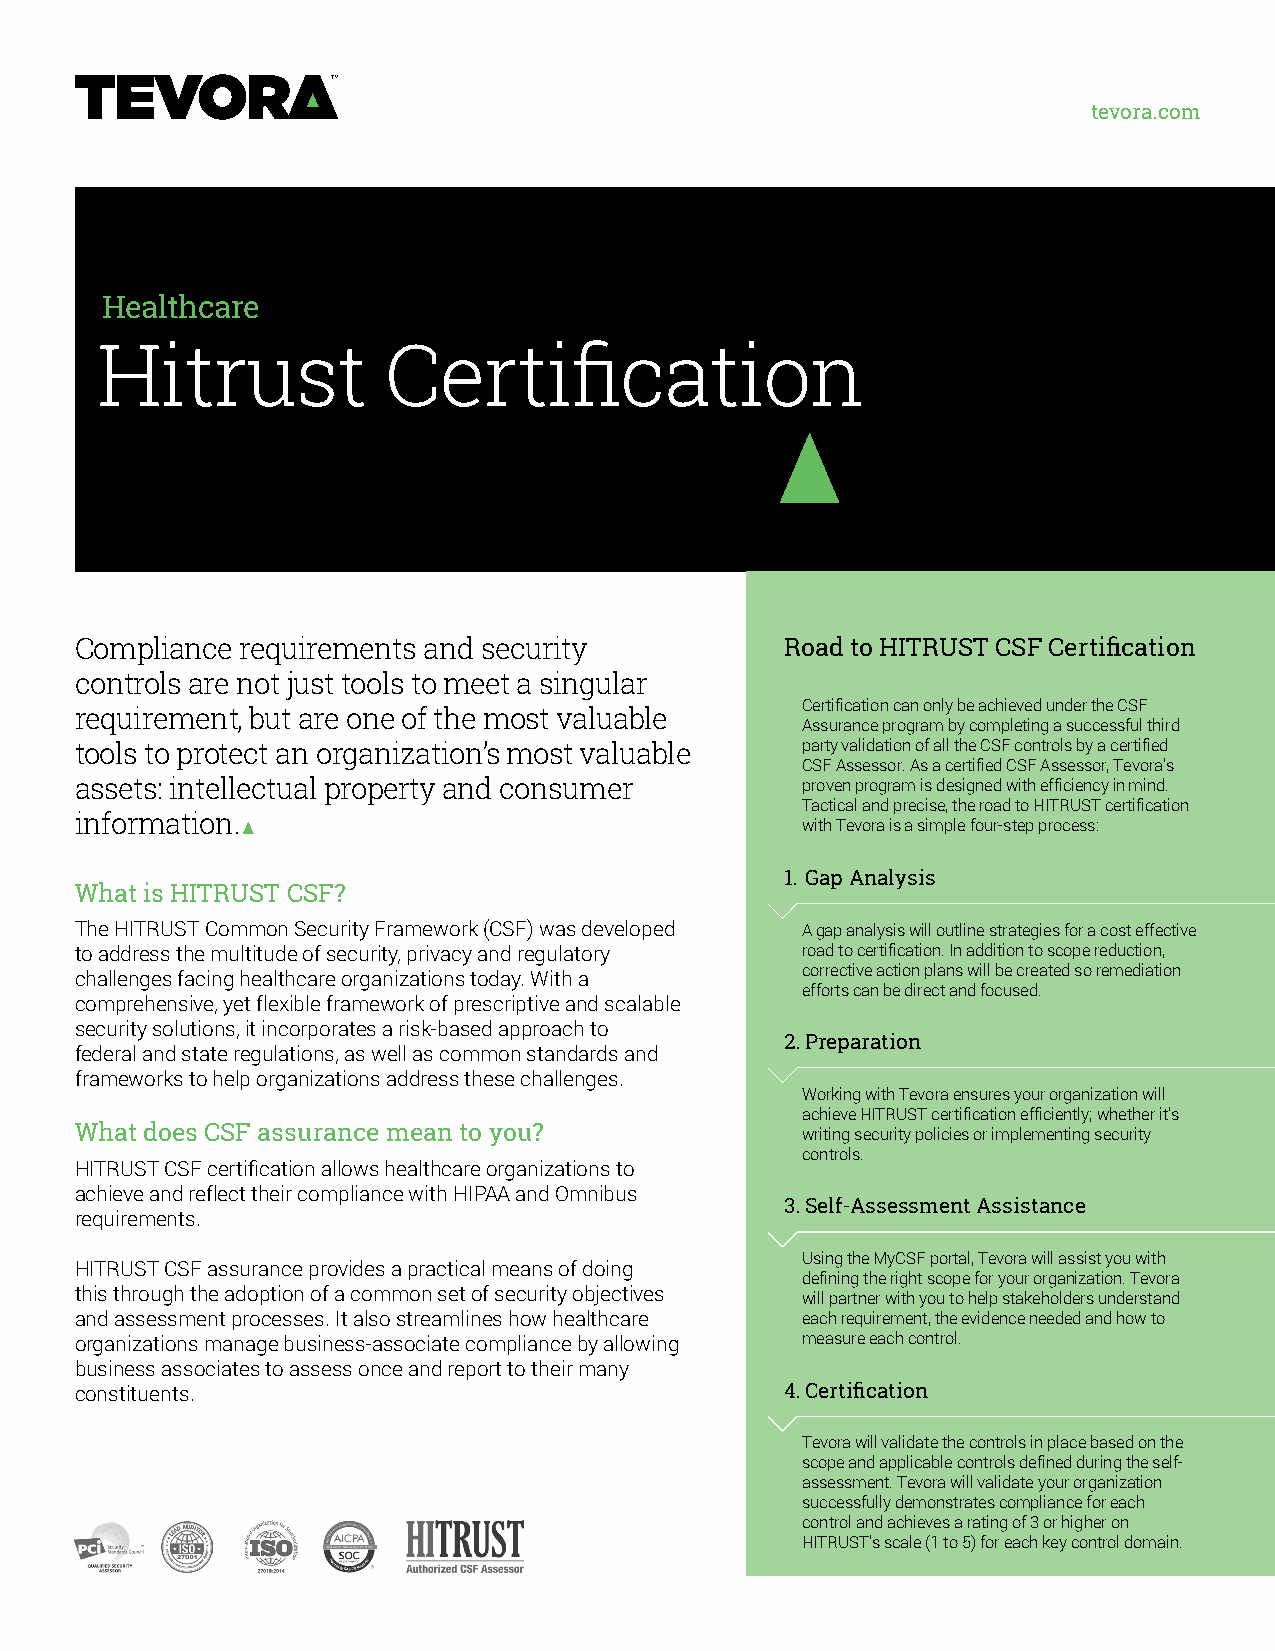
tevora.com
 Healthcare
 Hitrust            Certification
 Compliance requirements and security           Road to HITRUST CSF Certification
 controls are not just tools to meet a singular
 Certification can only be achieved under the CSF
 requirement, but are one of the most valuable
 Assurance program by completing a successful third
 tools to protect an organization’s most valuable party validation of all the CSF controls by a certified
 CSF Assessor. As a certified CSF Assessor, Tevora’s
 assets: intellectual property and consumer      proven program is designed with efficiency in mind.
 Tactical and precise, the road to HITRUST certification
 information.                                    with Tevora is a simple four-step process:
 1. Gap Analysis
 What is HITRUST CSF?
 The HITRUST Common Security Framework (CSF) was developed A gap analysis will outline strategies for a cost effective
 to address the multitude of security, privacy and regulatory road to certification. In addition to scope reduction,
 corrective action plans will be created so remediation
 challenges facing healthcare organizations today. With a
 efforts can be direct and focused.
 comprehensive, yet flexible framework of prescriptive and scalable
 security solutions, it incorporates a risk-based approach to
 2.Preparation
 federal and state regulations, as well as common standards and
 frameworks to help organizations address these challenges.
 Working with Tevora ensures your organization will
 achieve HITRUST certification efficiently; whether it’s
 What does CSF assurance mean to you?            writing security policies or implementing security
 controls.
 HITRUST CSF certification allows healthcare organizations to
 achieve and reflect their compliance with HIPAA and Omnibus
 3.Self-Assessment Assistance
 requirements.
 Using the MyCSF portal, Tevora will assist you with
 HITRUST CSF assurance provides a practical means of doing
 defining the right scope for your organization. Tevora
 this through the adoption of a common set of security objectives will partner with you to help stakeholders understand
 and assessment processes. It also streamlines how healthcare each requirement, the evidence needed and how to
 organizations manage business-associate compliance by allowing measure each control.
 business associates to assess once and report to their many
 constituents.                                  4. Certification
 Tevora will validate the controls in place based on the
 scope and applicable controls defined during the self-
 assessment. Tevora will validate your organization
 successfully demonstrates compliance for each
 control and achieves a rating of 3 or higher on
 HITRUST’s scale (1 to 5) for each key control domain.